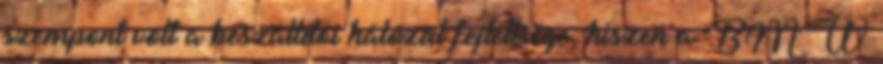
szempont volt a beszállítói hálózat fejlettsége, hiszen a BMW